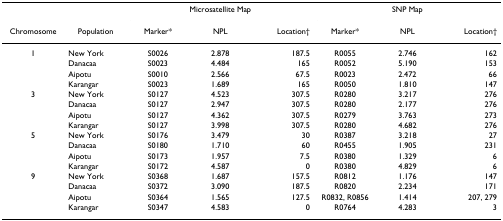
|  |  | <COLSPAN=3> Microsatellite Map | <COLSPAN=3> SNP Map |
 | Chromosome | Population | Marker* | NPL | Location† | Marker* | NPL | Location† |
 | --- | --- | --- | --- | --- | --- | --- | --- |
 | 1 | New York | S0026 | 2.878 | 187.5 | R0055 | 2.746 | 162 |
 |  | Danacaa | S0023 | 4.484 | 165 | R0052 | 5.190 | 153 |
 |  | Aipotu | S0010 | 2.566 | 67.5 | R0023 | 2.472 | 66 |
 |  | Karangar | S0023 | 1.689 | 165 | R0050 | 1.810 | 147 |
 | 3 | New York | S0127 | 4.523 | 307.5 | R0280 | 3.217 | 276 |
 |  | Danacaa | S0127 | 2.947 | 307.5 | R0280 | 2.177 | 276 |
 |  | Aipotu | S0127 | 4.362 | 307.5 | R0279 | 3.763 | 273 |
 |  | Karangar | S0127 | 3.998 | 307.5 | R0280 | 4.682 | 276 |
 | 5 | New York | S0176 | 3.479 | 30 | R0387 | 3.218 | 27 |
 |  | Danacaa | S0180 | 1.710 | 60 | R0455 | 1.905 | 231 |
 |  | Aipotu | S0173 | 1.957 | 7.5 | R0380 | 1.329 | 6 |
 |  | Karangar | S0172 | 4.587 | 0 | R0380 | 4.829 | 6 |
 | 9 | New York | S0368 | 1.687 | 157.5 | R0812 | 1.176 | 147 |
 |  | Danacaa | S0372 | 3.090 | 187.5 | R0820 | 2.234 | 171 |
 |  | Aipotu | S0364 | 1.565 | 127.5 | R0832, R0856 | 1.414 | 207, 279 |
 |  | Karangar | S0347 | 4.583 | 0 | R0764 | 4.283 | 3 |